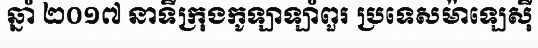
ឆ្នាំ ២០១៧ នាទីក្រុងកូឡាឡាំពួរ ប្រទេសម៉ាឡេស៊ី